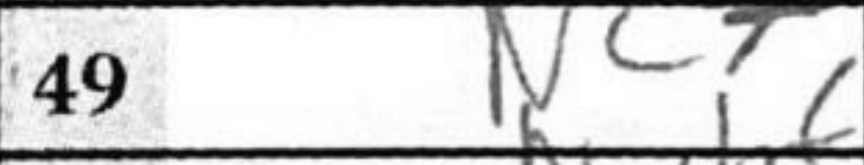
Transcription: Nc7